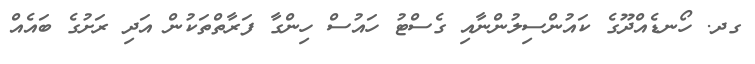
ގދ. ހޯނޑެއްދޫގެ ކައުންސިލުންނާއި ގެސްޓު ހައުސް ހިންގާ ފަރާތްތަކުން އަދި ރަށުގެ ބައެއް